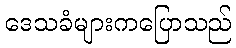
ဒေသခံများကပြောသည်